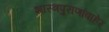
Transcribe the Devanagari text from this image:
शास्त्रपुराणांबाहेर